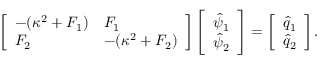
\left[ \begin{array} { l l } { - ( \kappa ^ { 2 } + F _ { 1 } ) } & { F _ { 1 } } \\ { F _ { 2 } } & { - ( \kappa ^ { 2 } + F _ { 2 } ) } \end{array} \right] \left[ \begin{array} { l } { \hat { \psi } _ { 1 } } \\ { \hat { \psi } _ { 2 } } \end{array} \right] = \left[ \begin{array} { l } { \hat { q } _ { 1 } } \\ { \hat { q } _ { 2 } } \end{array} \right] .